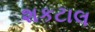
શકટાલ